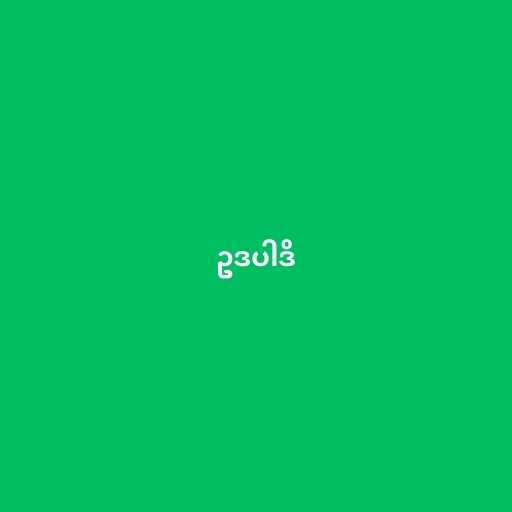
ဥဒပါဒိ